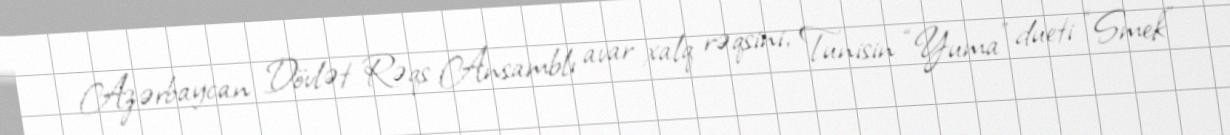
Azərbaycan Dövlət Rəqs Ansamblı avar xalq rəqsini, Tunisin “Yuma” dueti “Smek”